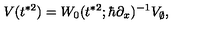
V ( t ^ { * 2 } ) = W _ { 0 } ( t ^ { * 2 } ; \hbar \partial _ { x } ) ^ { - 1 } V _ { \emptyset } ,